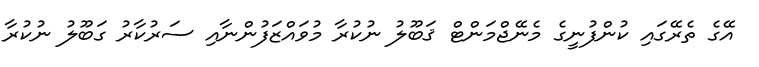
އޭގެ ތެރޭގައި ކުންފުނީގެ މެނޭޖްމަންޓް ޤަބޫލު ނުކުރާ މުވައްޒަފުންނާއި ސަރުކާރު ގަބޫލު ނުކުރާ